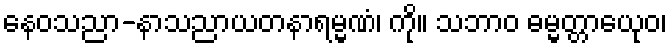
နေဝသညာ-နာသညာယတနာရမ္မဏံ၊ ကို။ သဘာဝ ဓမ္မတ္တာယေုဝ၊